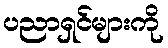
ပညာရှင်များကို